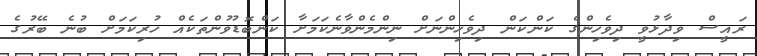
ރައީސް ވިދާޅުވީ ދިވެހިންގެ ކަންކަން ދިވެހިންނަށް ނިންމެންވާނެކަމަށާ ކަންބޮޑުވުންތަކެއް ހުރިކަމަށް ބުނެ ބޭރުގެ